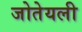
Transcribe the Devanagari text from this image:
जोतेयली